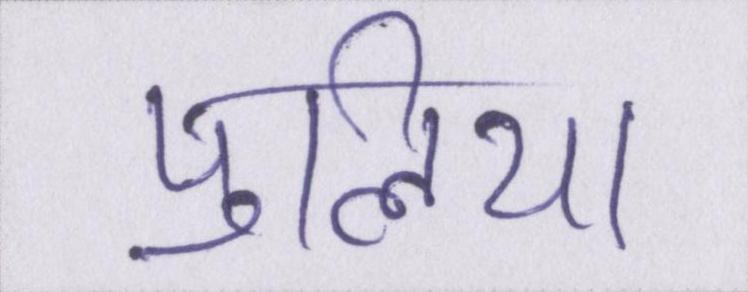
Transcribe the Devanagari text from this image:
पुलिया